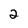
Character: 2